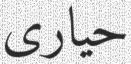
حيارى